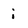
Character: i